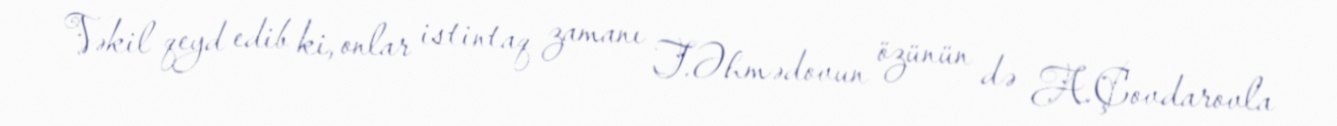
Vəkil qeyd edib ki, onlar istintaq zamanı T.Əhmədovun özünün də A.Çovdarovla